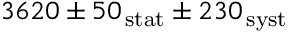
3 6 2 0 \pm 5 0 \mathrm { _ { \, s t a t } } \pm 2 3 0 \mathrm { _ { \, s y s t } }